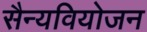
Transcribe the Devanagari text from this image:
सैन्यवियोजन